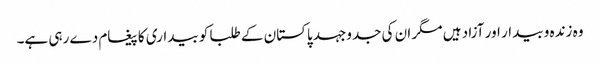
وہ زندہ و بیدار اور آزاد ہیں مگر ان کی جدوجہد پاکستان کے طلبا کو بیداری کا پیغام دے رہی ہے۔